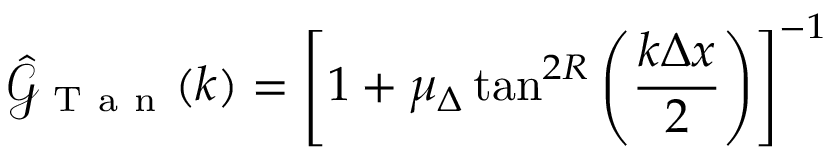
\hat { \mathcal { G } } _ { \mathrm { ~ T ~ a ~ n ~ } } ( k ) = \left[ 1 + \mu _ { \Delta } \tan ^ { 2 R } \left( \frac { k \Delta x } { 2 } \right) \right] ^ { - 1 }